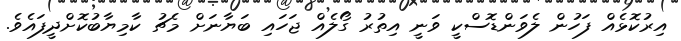
އިރުކޮޅެއް ފަހުން ލެވަންޑޮސްކީ ވަނީ އިތުރު ގޯލެއް ޖަހައި ބަޔާނަށް މެޗު ކާމިޔާބުކޮށްދީފައެވެ.